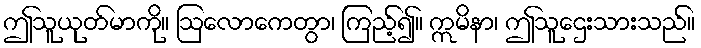
ဤသူယုတ်မာကို။ ဩလောကေတွာ၊ ကြည့်၍။ ဣမိနာ၊ ဤသူဌေးသားသည်။